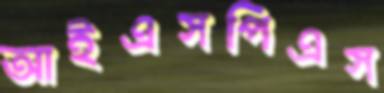
আইএসপিএস